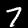
Digit: 7